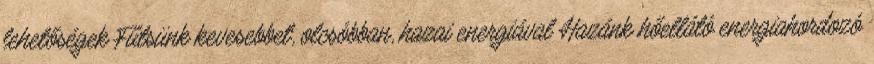
lehetőségek Fűtsünk kevesebbet, olcsóbban, hazai energiával Hazánk hőellátó energiahordozó